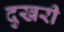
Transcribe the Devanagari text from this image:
दुखरी